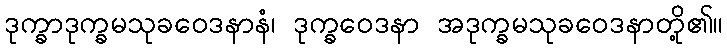
ဒုက္ခာဒုက္ခမသုခဝေဒနာနံ၊ ဒုက္ခဝေဒနာ အဒုက္ခမသုခဝေဒနာတို့၏။